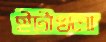
ইটাখলা